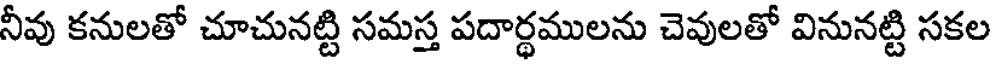
నీవు కనులతో చూచునట్టి సమస్త పదార్ధములను చెవులతో వినునట్టి సకల